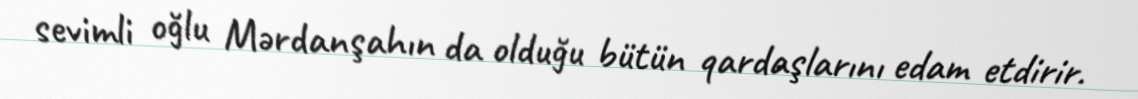
sevimli oğlu Mərdanşahın da olduğu bütün qardaşlarını edam etdirir.